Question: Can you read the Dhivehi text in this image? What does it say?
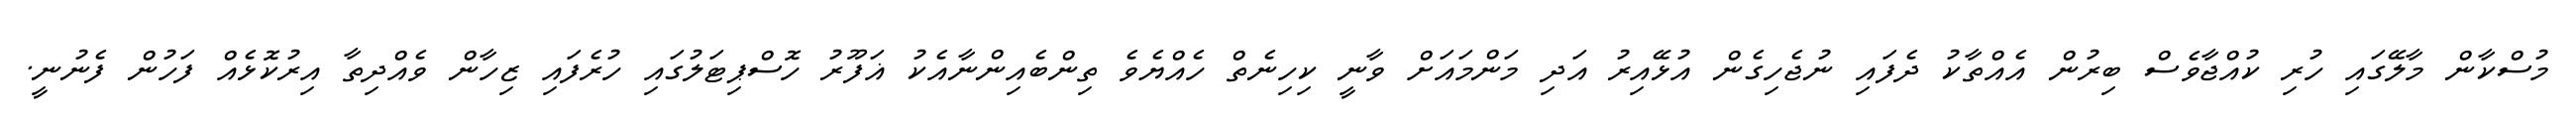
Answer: މުސްކާން މާލޭގައި ހުރި ކުއްޖާވެސް ބިރުން އެއްތާކު ދެފައި ނުޖެހިގެން އުޅޭއިރު އަދި މަންމައަށް ވާނީ ކިހިނެތް ހެއްޔެވެ ތިންބެއިންނާއެކު ޣަފޫރު ހޮސްޕިޓަލުގައި ހުރެފައި ޒިހާން ވެއްދިތާ އިރުކޮޅެއް ފަހުން ފެނުނީ.